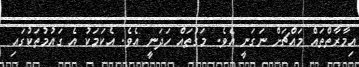
އިމާރާތްތައް މައްޗަށް ނަގަނީ އެވެ. މަގުތައް ހަދަނީ އެވެ. އެކަމަކު އެ ގައުމުތަކުގައި